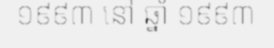
១៩៩៣ នៅ ឆ្នាំ ១៩៩៣